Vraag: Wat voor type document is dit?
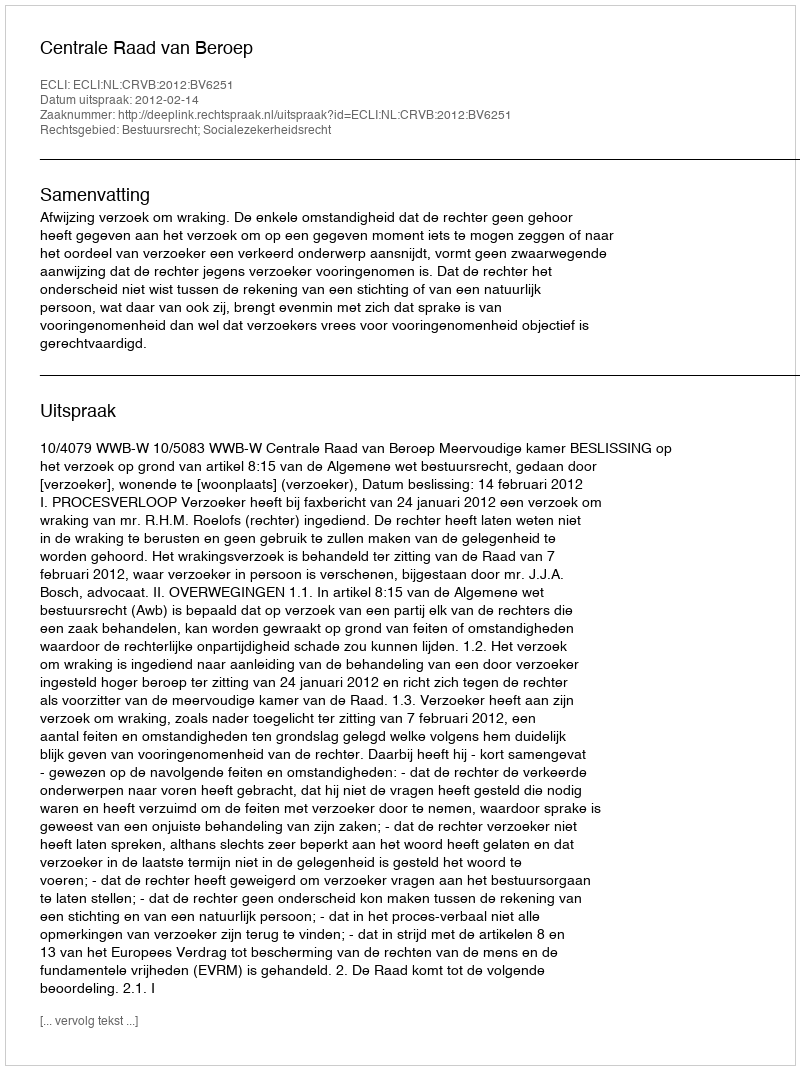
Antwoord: Uitspraak